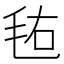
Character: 𣭊